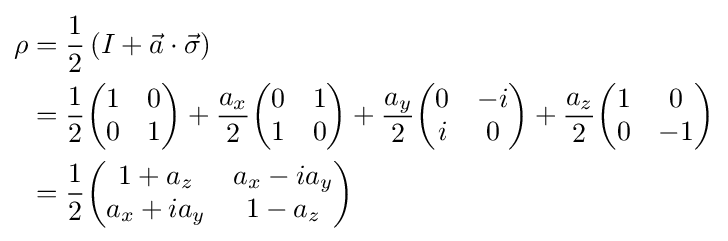
{\begin{aligned}\rho &={\frac {1}{2}}\left(I+{\vec {a}}\cdot {\vec {\sigma }}\right)\\&={\frac {1}{2}}{\begin{pmatrix}1&0\\0&1\end{pmatrix}}+{\frac {a_{x}}{2}}{\begin{pmatrix}0&1\\1&0\end{pmatrix}}+{\frac {a_{y}}{2}}{\begin{pmatrix}0&-i\\i&0\end{pmatrix}}+{\frac {a_{z}}{2}}{\begin{pmatrix}1&0\\0&-1\end{pmatrix}}\\&={\frac {1}{2}}{\begin{pmatrix}1+a_{z}&a_{x}-ia_{y}\\a_{x}+ia_{y}&1-a_{z}\end{pmatrix}}\end{aligned}}